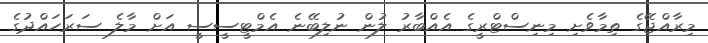
މިރާއްޖޭގެ ތިމާވެށި މިނިސްޓްރީގެ އެއްބާރު ލުން ނުލިބޭނެ އެމްޓީސީސީ އަށް މާލެ ސަރަހައްދުގެ